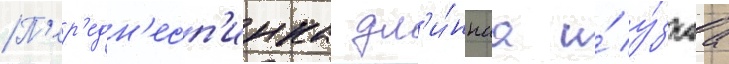
П'ер'едн'есп'инка дл'и́ннаа и́ у́зкаа